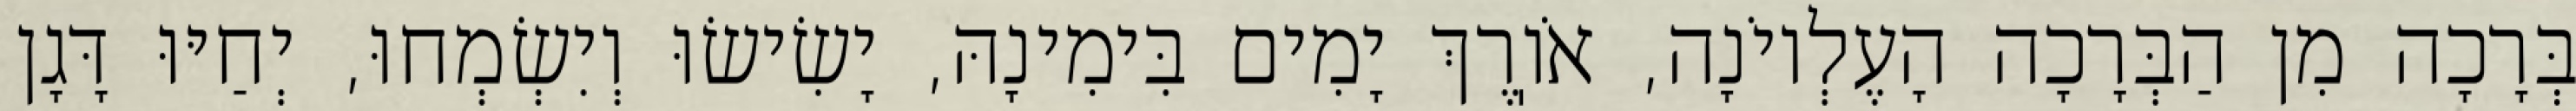
בְּרָכָה מִן הַבְּרָכָה הָעֶלְיוֹנָה, אֹוֽרֶךְ יָמִים בִּימִינָהּ, יָשִׂישׂוּ וְיִשְׂמְחוּ, יְחַיּוּ דָּגָן